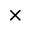
\times